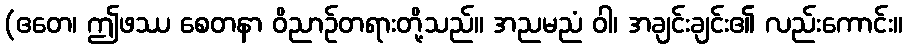
(ဧတေ၊ ဤဖဿ စေတနာ ဝိညာဉ်တရားတို့သည်။ အညမညံ ဝါ၊ အချင်းချင်း၏ လည်းကောင်း။